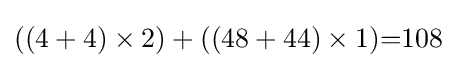
((4+4)\times 2)+((48+44)\times 1){=}108